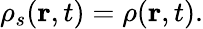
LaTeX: \rho_{s}(\mathbf{r},t)=\rho(\mathbf{r},t).